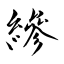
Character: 縿